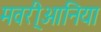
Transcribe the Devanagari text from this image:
मवरी्आनिया